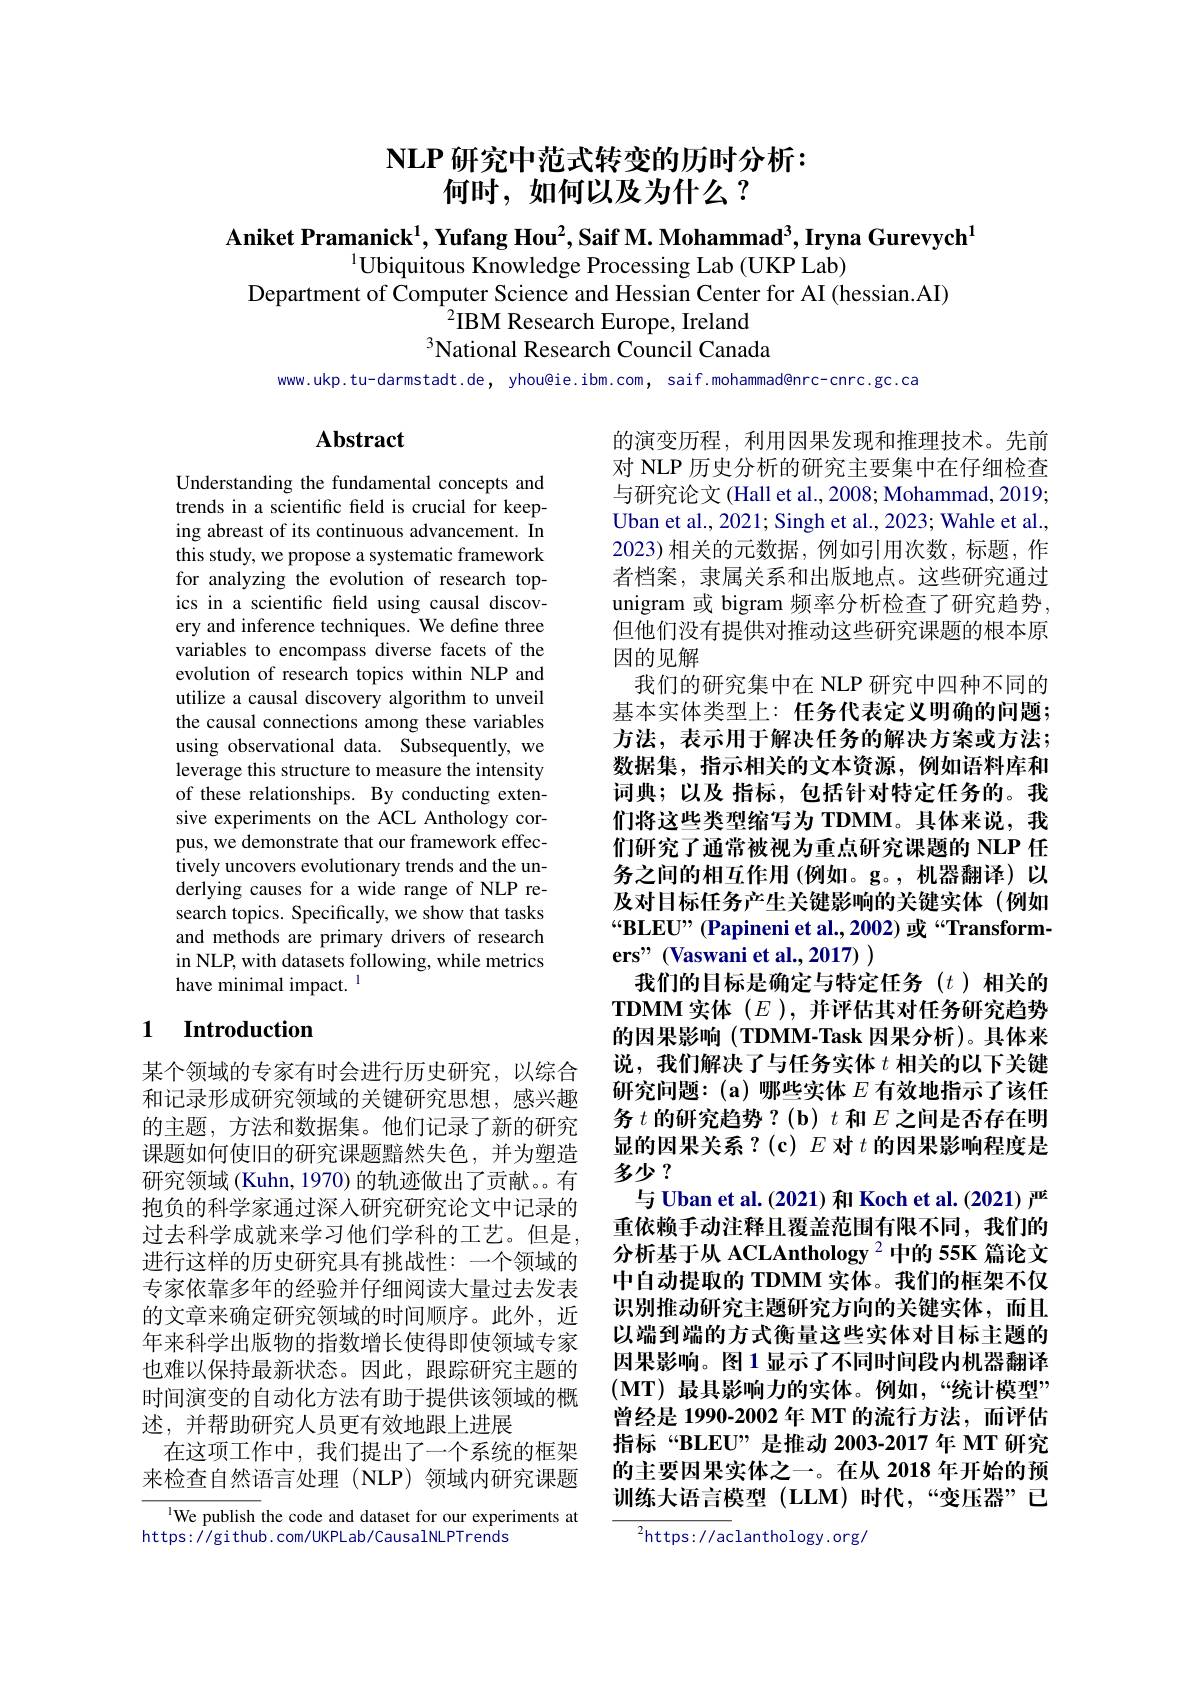
# $\mathbf{NLP}$研究中范式转变的历时分析： 何时，如何以及为什么？

Aniket Pramanick$^1$,Yufang Hou$^2$,Saif M. Mohammad$^3$,Iryna Gurevych$^1$
$^{1}\bar{\text{Ubiquitous Knowledge Processing Lab(UKP Lab)}}$
Department of Computer Science and Hessian Center for AI (hessian.AI)
$^{2}$IBM Research Europe, Ireland
National Research Council Canada

www.ukp.tu-darmstadt.de, yhou@ie.ibm.com, saif.mohammad@nrc-cnrc.gc.ca

### $\mathbf{Abstract}$

Understanding the fundamental concepts and trends in a scientific field is crucial for keeping abreast of its continuous advancement. In this study, we propose a systematic framework for analyzing the evolution of research topics in a scientific field using causal discovery and inference techniques. We define three variables to encompass diverse facets of the evolution of research topics within NLP and utilize a causal discovery algorithm to unveil the causal connections among these variables using observational data. Subsequently, we leverage this structure to measure the intensity of these relationships. By conducting extensive experiments on the ACL Anthology corpus, we demonstrate that our framework effectively uncovers evolutionary trends and the underlying causes for a wide range of NLP research topics. Specifically, we show that tasks and methods are primary drivers of research in NLP, with datasets following, while metrics have minimal impact. $^{\mathrm{l}}$

的演变历程，利用因果发现和推理技术。先前对 NLP 历史分析的研究主要集中在仔细检查与研究论文 (Hall et al., 2008; Mohammad, 20193 Uban et al., 2021; Singh et al., 2023; Wahle et al. 2023)相关的元数据，例如引用次数，标题，作者档案，隶属关系和出版地点。这些研究通过unigram 或 bigram 频率分析检查了研究趋势， 但他们没有提供对推动这些研究课题的根本原因的见解
我们的研究集中在 NLP 研究中四种不同的基本实体类型上：任务代表定义明确的问题； 方法，表示用于解决任务的解决方案或方法； 数据集，指示相关的文本资源，例如语料库和词典；以及 指标，包括针对特定任务的。我们将这些类型缩写为 TDMM。具体来说，我们研究了通常被视为重点研究课题的 NLP 任务之间的相互作用(例如。g。,机器翻译)以及对目标任务产生关键影响的关键实体(例如“BLEU”(Papineni et al.,2002) 或“Transform- $\textbf{ers" ( Vaswani et al. , 2017) }$
我们的目标是确定与特定任务(t)相关的$\textbf{TDMM 实 体 }( E) $,并评估其对任务研究趋势的因果影响(TDMM-Task 因果分析)。具体来说，我们解决了与任务实体$t$相关的以下关键研究问题：(a)哪些实体$E$有效地指示了该任务$t$的研究趋势？(b) $t$和$E$之间是否存在明显的因果关系？(c) $E$对$t$的因果影响程度是多少？
与 Uban et al.(2021) 和 Koch et al.(2021) 严重依赖手动注释且覆盖范围有限不同，我们的分析基于从 ACLAnthology $^{2}$中的 55K 篇论文中自动提取的 TDMM 实体。我们的框架不仅识别推动研究主题研究方向的关键实体，而且以端到端的方式衡量这些实体对目标主题的因果影响。图1显示了不同时间段内机器翻译$(\mathbf{MT})$最具影响力的实体。例如，“统计模型” 曾经是 1990-2002 年 MT 的流行方法，而评估指标“BLEU”是推动 2003-2017 年 MT 研究的主要因果实体之一。在从 2018 年开始的预训练大语言模型(LLM)时代，“变压器”已
$^{2}$https://aclanthology.org/

## 1 $\textbf{Introduction}$

某个领域的专家有时会进行历史研究，以综合和记录形成研究领域的关键研究思想，感兴趣的主题，方法和数据集。他们记录了新的研究课题如何使旧的研究课题黯然失色，并为塑造研究领域 (Kuhn, 1970) 的轨迹做出了贡献。有抱负的科学家通过深人研究研究论文中记录的过去科学成就来学习他们学科的工艺。但是进行这样的历史研究具有挑战性：一个领域的专家依靠多年的经验并仔细阅读大量过去发表的文章来确定研究领域的时间顺序。此外，近年来科学出版物的指数增长使得即使领域专家也难以保持最新状态。因此，跟踪研究主题的时间演变的自动化方法有助于提供该领域的概述，并帮助研究人员更有效地跟上进展
在这项工作中，我们提出了一个系统的框架来检查自然语言处理(NLP)领域内研究课题

$^{1}$We publish the code and dataset for our experiments at
https: / / gi thub. com/ UKPL ab/ Causal NL PTrends